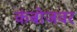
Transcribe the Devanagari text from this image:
कंबोजवर